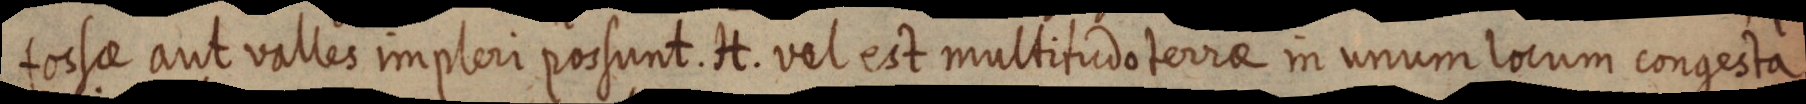
fossae aut valles impleri possunt. H. vel est multitudo terrae in unum locum congesta